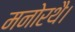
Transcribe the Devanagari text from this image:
मनोरथै।